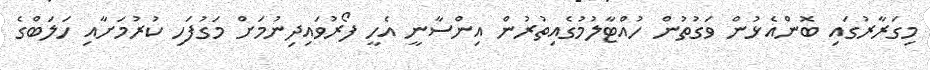
މިގަރާރުގައި ބޮންއެޅުން ވަގުތުން ހުއްޓާލުމުގެއިތުރުން އިންސާނީ އެހީ ފޯރުވައިދިނުމަށް މަގުފަހި ކުރުމަށާއި ހަލަބްގެ